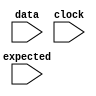
module monitor #(
    parameter WIDTH  = 8
)(
    input  wire [WIDTH-1:0]   data,
    input  wire               expected,
    input  wire               clock
);

always @(posedge clock)
begin
    if (data != expected)
    begin
        $display("MONITOR FAILED");
    end
end

endmodule